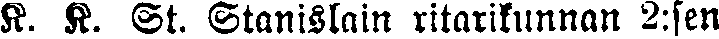
K. K. St. Stanislain ritarikunnan 2:sen